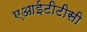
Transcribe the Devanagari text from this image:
एआईटीटीसी